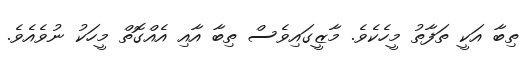
ތިބާ އަކީ ތަފާތު މީހެކެވެ. މާޒީގައިވެސް ތިބާ އާއި އެއްގޮތް މީހަކު ނުވެއެވެ.